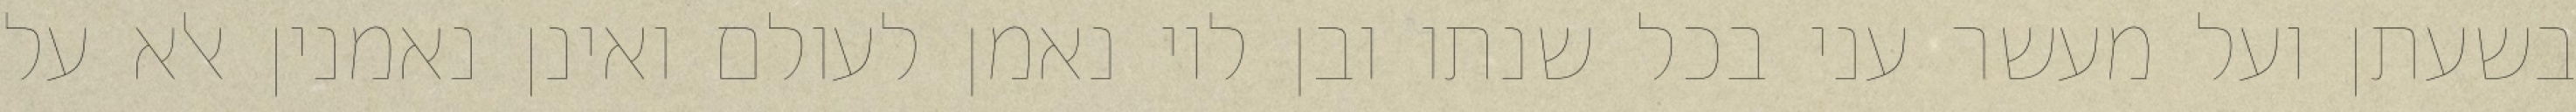
בשעתן ועל מעשר עני בכל שנתו ובן לוי נאמן לעולם ואינן נאמנין אלא על